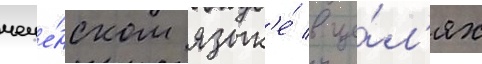
чече́нском язык'е́ в це́л'ях